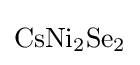
{\ce {CsNi2Se2}}